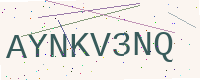
Text: AYNKV3NQ